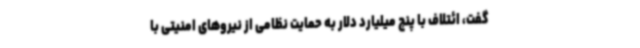
گفت، ائتلاف با پنج میلیارد دلار به حمایت نظامی از نیروهای امنیتی با